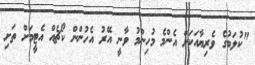
"ކުލަބުގެ ވެރިޔާއަކަށް އެންމެ މުހިންމު ވާނީ އޭރު އެހުންން ކޯޗެއް އެޓީމަށް ތަށި